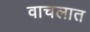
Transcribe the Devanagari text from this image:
वाचलात